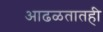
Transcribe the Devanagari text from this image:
आढळतातही